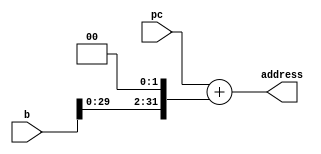
//=============================//
// Mdulo de blocos auxiliares //
//=============================//

`ifndef AUX_BLOCKS
`define AUX_BLOCKS

// Formata o branch offset para endereo
module bFormat(
    input  wire [31:0] pc,
    input  wire [31:0] b,
    output wire [31:0] address
);

    assign address = pc + {b[29:0],{2'b00}};

endmodule

// Extensor de Sinal ou de Zero
module extSign(
    input wire extendType,
    input wire [15:0] x16b,
    output wire [31:0] x32b
);

    assign x32b = {(extendType)?{16{x16b[15]}}:{16{1'b0}},x16b};

endmodule

// Formato J para endereo
module jFormat(
    input wire [31:0] pc,
    input wire [25:0] j,
    output wire [31:0] address
);

    assign address = {pc[31:28],j[25:0],{2'b00}};

endmodule

// MUX - Multiplexador de 2 entradas, 5 bits cada
module mux_5bit_2in(
    input wire control,
    input wire [4:0] a,b,
    output wire [4:0] selected
);

    assign selected = (control)?b:a;

endmodule

// MUX - Multiplexador de 4 entradas, 7 bits cada
// module mux_7bit_4in(
//     input wire [1:0] control,
//     input wire [6:0] a,b,c,d,
//     output wire [6:0] selected
// );

//     assign selected = (control[1]) ? (control[0]?d:c) : (control[0]?b:a);

// endmodule

// MUX - Multiplexador de 2 entradas, 32 bits cada
module mux_32bit_2in(
    input wire control,
    input wire [31:0] a,b,
    output wire [31:0] selected
);

    assign selected = (control)?b:a;

endmodule

// MUX - Multiplexador de 4 entradas, 32 bits cada
module mux_32bit_4in(
    input wire [1:0] control,
    input wire [31:0] a,b,c,d,
    output wire [31:0] selected
);

    assign selected = (control[1]) ? (control[0]?d:c) : (control[0]?b:a);

endmodule

`endif